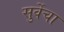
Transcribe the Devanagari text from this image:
सुर्वेचा